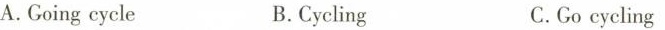
A.Going cycle B.Cycling C.Go cycling